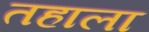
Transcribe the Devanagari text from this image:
तहाला